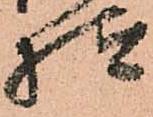
様